Vaccination in Bombay 1924-1928 - 1924-1928
Year: 1924
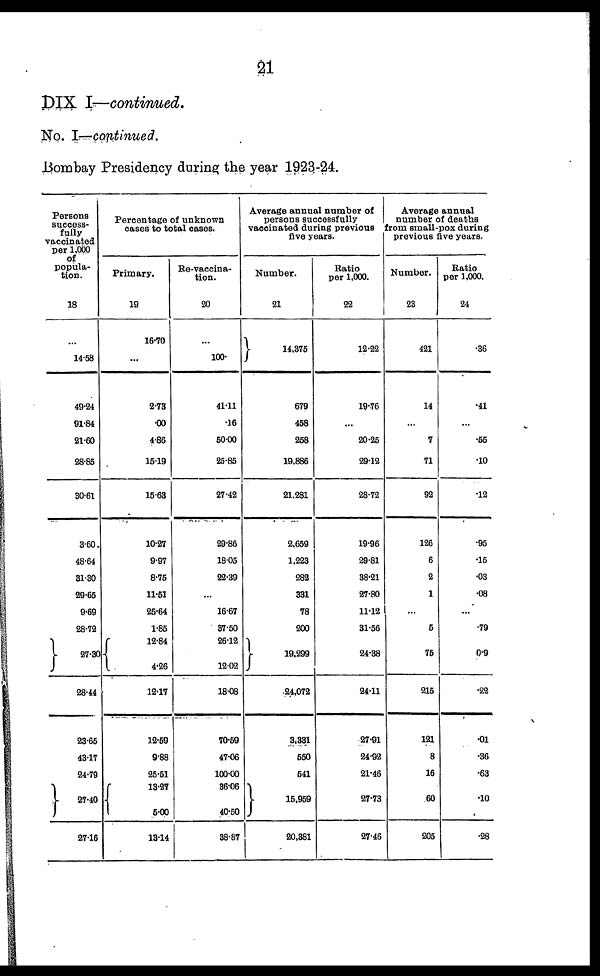
21
DIX I—continued.
No. I—continued.
Bombay Presidency during the year 1923-24.
Persons
success-
fully
vaccinated
per 1,000
of
popula-
tion.
18
...
14.58
49.24
91.84
21.60
28.85
30.61
3.60
48.64
31.30
29.65
9.69
28.72
27.30
28.44
23.65
43.17
24.79
27.40
27.16
Percentage of unknown
cases to total cases.
Primary.
19
16.70
...
2.73
.00
4.86
16.19
15.63
10.27
9.97
8.75
11.51
25.64
1.85
12.84
4.26
12.17
12.59
9.88
25.51
13.27
5.00
13.14
Re-vaccina-
tion.
20
...
100.
41.11
.16
50.00
25.85
27.42
29.86
18.05
22.39
...
16.67
37.50
26.12
12.02
18.08
70.59
47.06
100.00
36.06
40.50
38.87
Average annual number of
persons successfully
vaccinated during previous
five years.
Number.
21
14,375
679
458
258
19,886
21,281
2,659
1,223
282
331
78
200
19,299
24,072
3,331
550
541
15,959
20,381
Ratio
per 1,000.
22
12.22
19.76
...
20.25
29.12
28.72
19.96
29.81
38.21
27.80
11.12
31.56
24.38
24.11
27.91
24.92
21.46
27.73
27.46
Average annual
number of deaths
from small-pox during
previous five years.
Number.
23
421
14
...
7
71
92
126
6
2
1
...
5
75
215
121
8
16
60
205
Ratio
per 1,000.
24
.36
.41
...
.55
.10
.12
.95
.15
.03
.08
...
.79
0.9
.22
.01
.36
.63
.10
.28